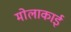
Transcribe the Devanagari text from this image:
मोलाकाई